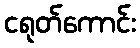
ငရုတ်ကောင်း